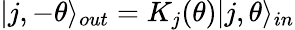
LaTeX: |j,-\theta\rangle_{out}=K_{j}(\theta)|j,\theta\rangle_{in}